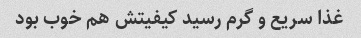
غذا سریع و گرم رسید کیفیتش هم خوب بود